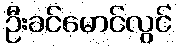
ဦးခင်မောင်လွင်